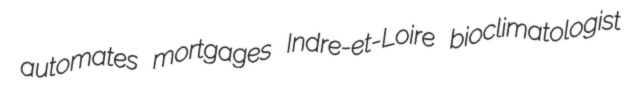
automates mortgages Indre-et-Loire bioclimatologist